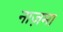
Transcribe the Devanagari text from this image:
नाज़मा